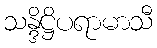
သန္ဒိဋ္ဌိပရာမာသီ